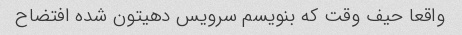
واقعا حیف وقت که بنویسم سرویس دهیتون شده افتضاح